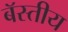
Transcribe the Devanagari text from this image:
बॅस्तीय